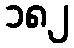
၁၈၂